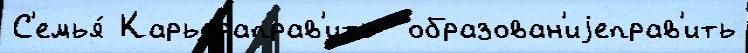
С'емья́ Карьераправ'ить  образован'иjеправ'ить